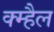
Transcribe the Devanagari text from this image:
क्म्हैल